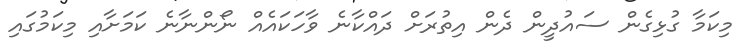
މިކަމާ ގުޅިގެން ސައުދީން ދެން އިތުރަށް ދައްކާނެ ވާހަކައެއް ނޯންނާނެ ކަމަށާއި މިކަމުގައި